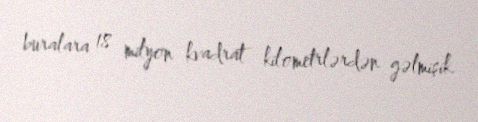
buralara 18 milyon kvadrat kilometrlərdən gəlmişik.